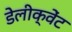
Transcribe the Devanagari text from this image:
डेलीक्वेंट